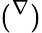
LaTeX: (^{\nabla})